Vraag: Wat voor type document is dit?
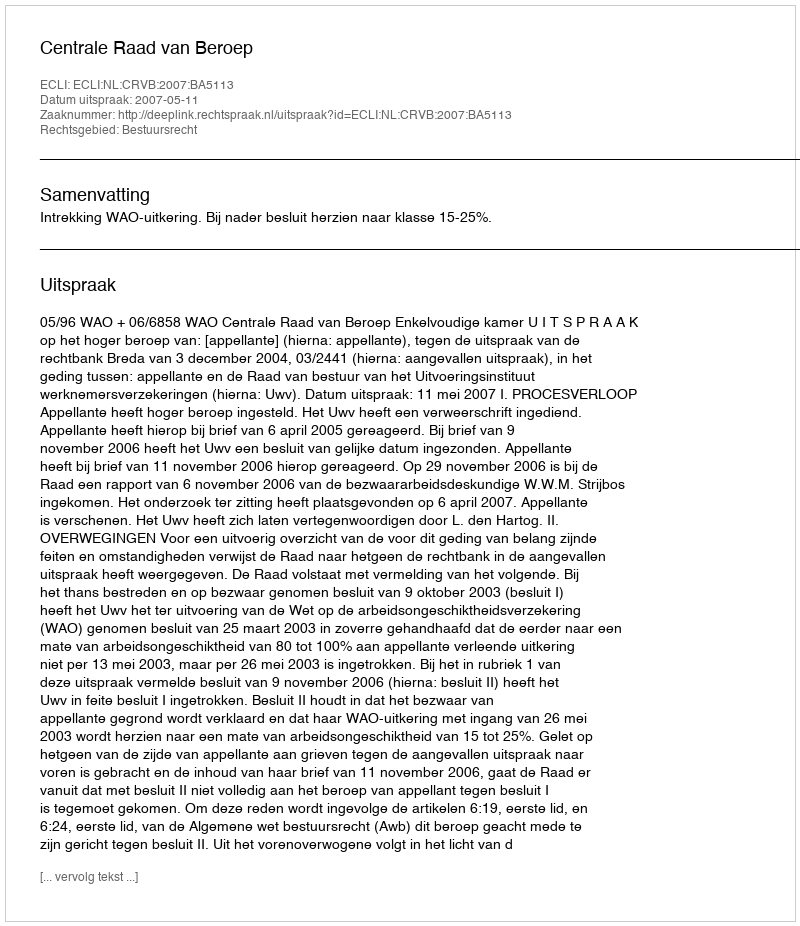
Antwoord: Uitspraak